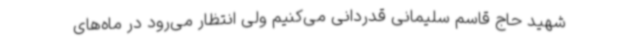
شهید حاج قاسم سلیمانی قدردانی می‌کنیم ولی انتظار می‌رود در ماه‌های